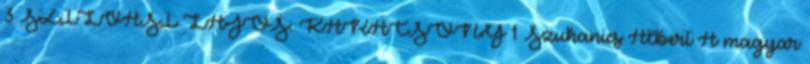
3 SZILVÁSI LAJOS: KARÁCSONY 1 Szuhanics Albert A magyar